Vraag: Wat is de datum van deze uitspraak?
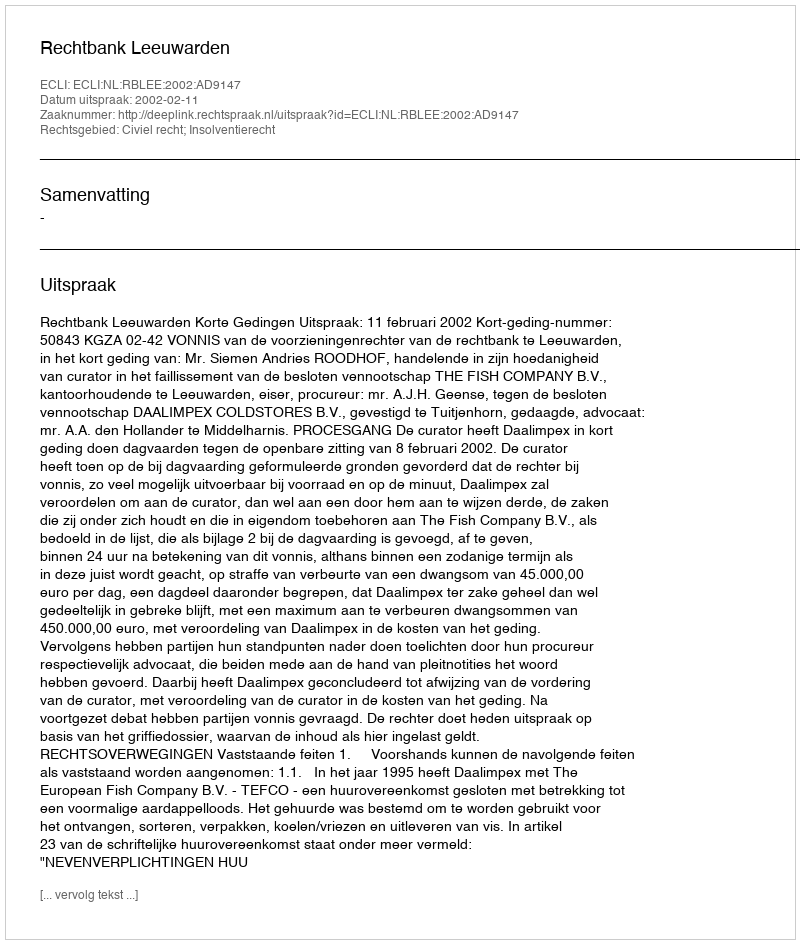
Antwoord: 2002-02-11